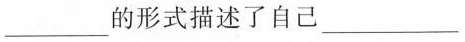
___的形式描述了自己___